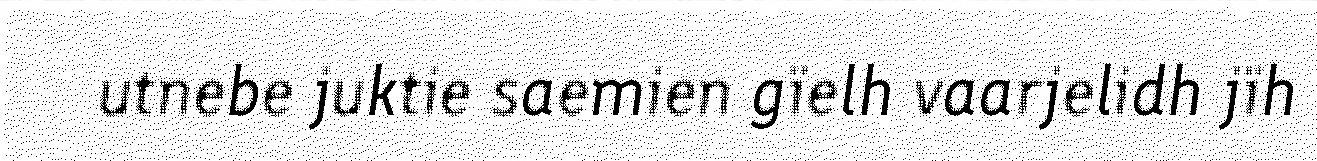
utnebe juktie saemien gïelh vaarjelidh jïh